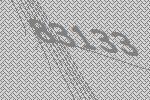
83133